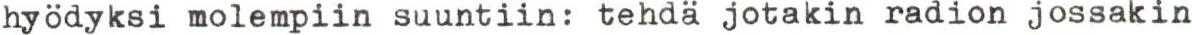
hyödyksi molempiin suuntiin: tehdä jotakin radion jossakin